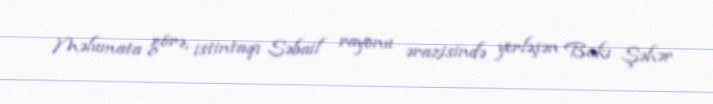
Məlumata görə, istintaqı Səbail rayonu ərazisində yerləşən Bakı Şəhər